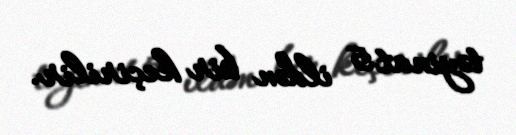
təyinat 5 ildən bir keçirilir.